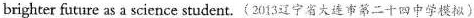
brighter future as a science student.(2013辽宁省大连市第二十四中学模拟)